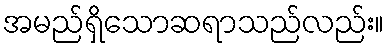
အမည်ရှိသောဆရာသည်လည်း။